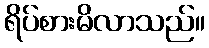
ရိပ်စားမိလာသည်။